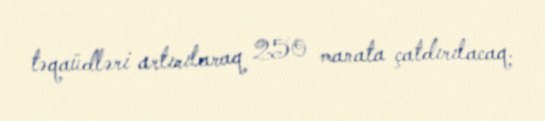
təqaüdləri artırılaraq 250 manata çatdırılacaq.